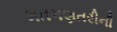
મતગણતરીની